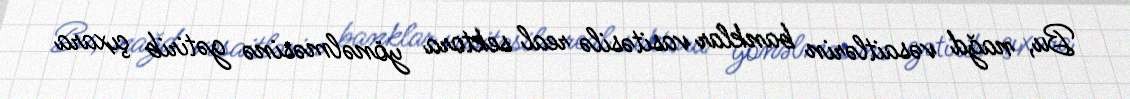
Bu, nağd vəsaitlərin banklar vasitəsilə real sektora yönəlməsinə gətirib çıxara